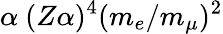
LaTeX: \alpha~(Z\alpha)^{4}(m_{e}/m_{\mu})^{2}